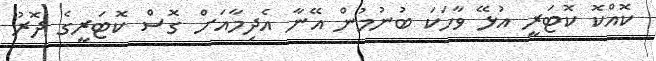
ކޮއްކޮ ކޮޓަރީ އުޅޭ ވާހަކަ ބުނުމުން އޭނާ އެދިމާއަށް ގޮސް ކޮޓަރީގެ ދޮރު